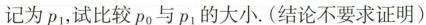
记为p_1，试比较p_0与p_1的大小.(结论不要求证明)